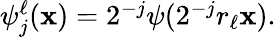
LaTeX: \begin{array}{r}{\psi_{j}^{\ell}(\mathbf{x})=2^{-j}\psi(2^{-j}r_{\ell}\mathbf{x}).}\end{array}